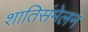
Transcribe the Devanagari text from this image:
शातिसंमेलन